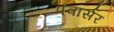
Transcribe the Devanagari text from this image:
पंवार्सर